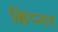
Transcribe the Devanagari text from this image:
किप्नर